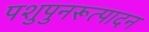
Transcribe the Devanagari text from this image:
पशुपुनरूत्पादन